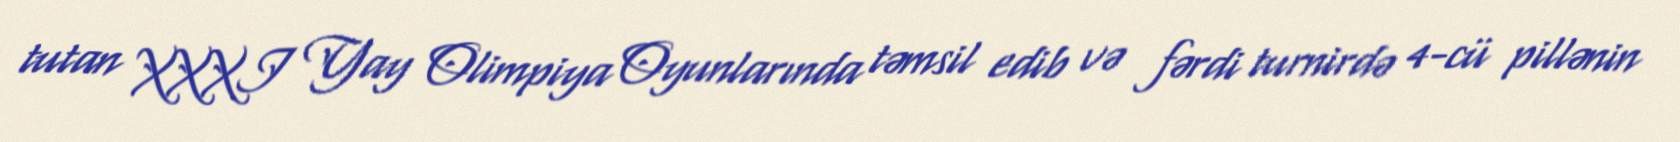
tutan XXXI Yay Olimpiya Oyunlarında təmsil edib və fərdi turnirdə 4-cü pillənin